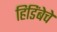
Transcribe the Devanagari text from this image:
हिडिंबेचे